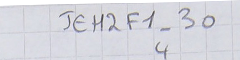
JEH2F1-304